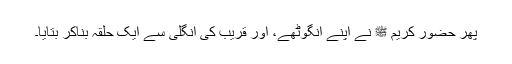
پھر حضور کریم ﷺ نے اپنے انگوٹھے، اور قریب کی انگلی سے ایک حلقہ بناکر بتایا۔